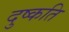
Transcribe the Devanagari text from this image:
दुष्‍कति